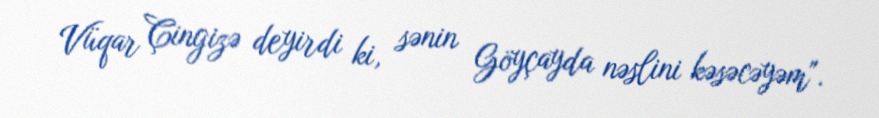
Vüqar Çingizə deyirdi ki, sənin Göyçayda nəslini kəsəcəyəm".